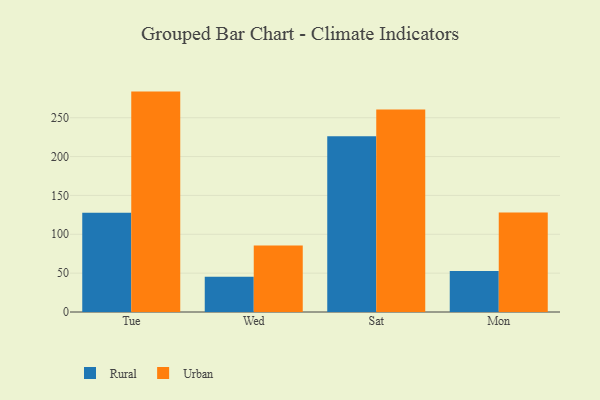
{"axis": {"x": "Day", "y": "Inventory Turnover"}, "legend": ["Rural", "Urban"], "data": [{"x": "Tue", "y": 127.7, "type": "Rural"}, {"x": "Tue", "y": 283.6, "type": "Urban"}, {"x": "Wed", "y": 45.5, "type": "Rural"}, {"x": "Wed", "y": 85.6, "type": "Urban"}, {"x": "Sat", "y": 226.1, "type": "Rural"}, {"x": "Sat", "y": 260.7, "type": "Urban"}, {"x": "Mon", "y": 52.8, "type": "Rural"}, {"x": "Mon", "y": 128.0, "type": "Urban"}]}